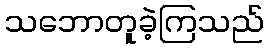
သဘောတူခဲ့ကြသည်